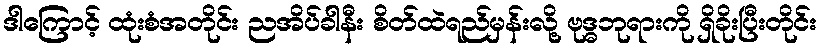
ဒါကြောင့် ထုံးစံအတိုင်း ညအိပ်ခါနီး စိတ်ထဲရည်မှန်းလို့ ဗုဒ္ဓဘုရားကို ရှိခိုးပြီးတိုင်း